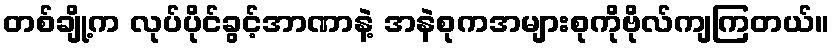
တစ်ချို့က လုပ်ပိုင်ခွင့်အာဏာနဲ့ အနဲစုကအများစုကိုဗိုလ်ကျကြတယ်။